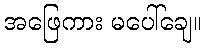
အဖြေကား မပေါ်ချေ။